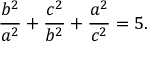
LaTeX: { \frac { b ^ { 2 } } { a ^ { 2 } } } + { \frac { c ^ { 2 } } { b ^ { 2 } } } + { \frac { a ^ { 2 } } { c ^ { 2 } } } = 5 .